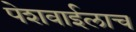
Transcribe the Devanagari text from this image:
पेशवाईलाच